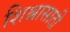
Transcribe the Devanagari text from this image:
शिश्नासाठी